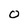
Character: 0